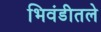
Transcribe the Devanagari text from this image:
भिवंडीतले